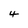
Character: 4